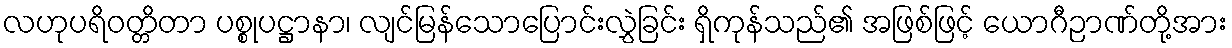
လဟုပရိဝတ္တိတာ ပစ္စုပဋ္ဌာနာ၊ လျင်မြန်သောပြောင်းလွှဲခြင်း ရှိကုန်သည်၏ အဖြစ်ဖြင့် ယောဂီဉာဏ်တို့အား